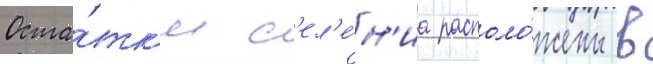
Оста́тк'и с'ел'е́н'иа располо́жены в